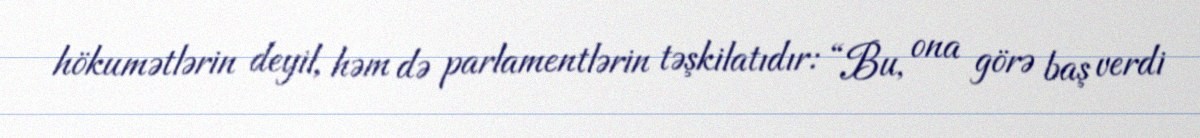
hökumətlərin deyil, həm də parlamentlərin təşkilatıdır: “Bu, ona görə baş verdi